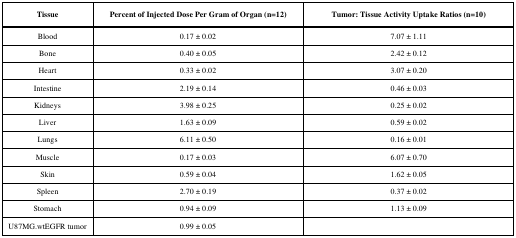
<table><thead><tr><td><b>Tissue</b></td><td><b>Percent of Injected Dose Per Gram of Organ (n=12)</b></td><td><b>Tumor: Tissue Activity Uptake Ratios (n=10)</b></td></tr></thead><tbody><tr><td>Blood</td><td>0.17 ± 0.02</td><td>7.07 ± 1.11</td></tr><tr><td>Bone</td><td>0.40 ± 0.05</td><td>2.42 ± 0.12</td></tr><tr><td>Heart</td><td>0.33 ± 0.02</td><td>3.07 ± 0.20</td></tr><tr><td>Intestine</td><td>2.19 ± 0.14</td><td>0.46 ± 0.03</td></tr><tr><td>Kidneys</td><td>3.98 ± 0.25</td><td>0.25 ± 0.02</td></tr><tr><td>Liver</td><td>1.63 ± 0.09</td><td>0.59 ± 0.02</td></tr><tr><td>Lungs</td><td>6.11 ± 0.50</td><td>0.16 ± 0.01</td></tr><tr><td>Muscle</td><td>0.17 ± 0.03</td><td>6.07 ± 0.70</td></tr><tr><td>Skin</td><td>0.59 ± 0.04</td><td>1.62 ± 0.05</td></tr><tr><td>Spleen</td><td>2.70 ± 0.19</td><td>0.37 ± 0.02</td></tr><tr><td>Stomach</td><td>0.94 ± 0.09</td><td>1.13 ± 0.09</td></tr><tr><td>U87MG.wtEGFR tumor</td><td>0.99 ± 0.05</td><td></td></tr></tbody></table>